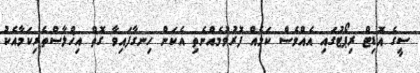
ސީގެ އޮޑިޓް ރިޕޯޓުގައި އެއްވެސް ކަމެއް ފޮރުވުމެއްނެތި އެކަން ހިނގާފައިވާ ގޮތް އިޚްލާސްތެރިކަމާއެކު